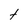
Character: f